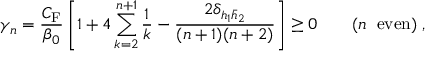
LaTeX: \gamma _ { n } = \frac { C _ { \mathrm { F } } } { \beta _ { 0 } } \left[ 1 + 4 \sum _ { k = 2 } ^ { n + 1 } \frac { 1 } { k } - \frac { 2 \delta _ { h _ { 1 } { \bar { h } } _ { 2 } } } { ( n + 1 ) ( n + 2 ) } \right] \geq 0 \quad \quad ( n \; \; \mathrm { e v e n } ) \; ,